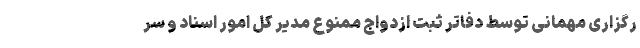
رگزاری مهمانی توسط دفاتر ثبت ازدواج ممنوع مدیر کل امور اسناد و سر